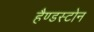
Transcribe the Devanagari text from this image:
हैण्डस्टोन